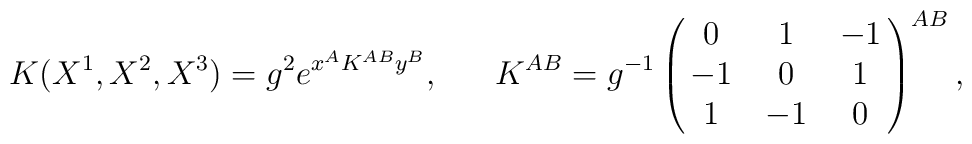
K(X^1,X^2,X^3)=g^2e^{x^A K^{AB}y^B},\ \ \ \ \ K^{AB}=g^{-1}\pmatrix{0 & 1 & -1 \cr -1 & 0 & 1 \cr1 & -1 & 0}^{AB},